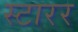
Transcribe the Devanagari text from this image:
स्टारर